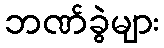
ဘဏ်ခွဲများ